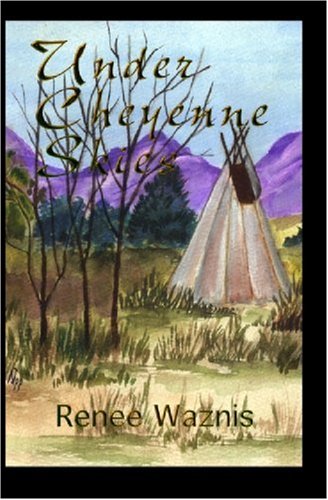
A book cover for Under Cheyenne Skies; Renee Waznis; Romance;